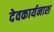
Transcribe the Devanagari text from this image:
देवकार्यनाश